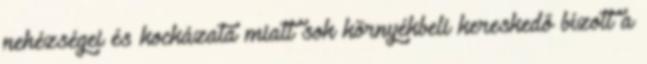
nehézségei és kockázata miatt sok környékbeli kereskedő bízott a